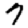
Digit: 7